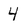
Character: 4